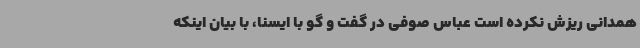
همدانی ریزش نکرده است عباس صوفی در گفت و گو با ایسنا، با بیان اینکه